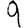
Digit: 9